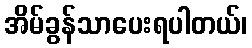
အိမ်ခွန်သာပေးရပါတယ်၊